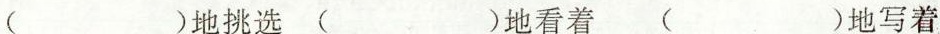
( )地挑选 ( )地看着 ( )地写着